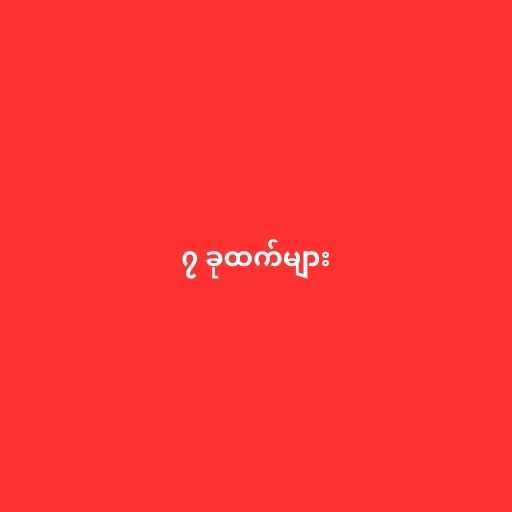
၇ ခုထက်များ